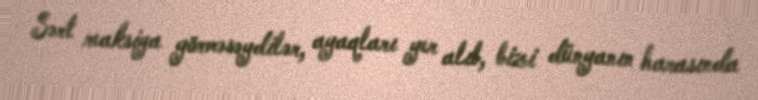
Sərt reaksiya görməsəydilər, ayaqları yer alıb, bizi dünyanın harasında